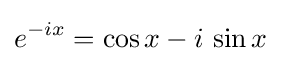
e^{-ix}=\cos x-i\,\sin x